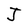
Character: J